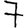
Digit: 7